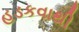
હડકવાથી